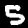
Label: 5